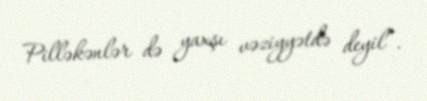
Pilləkənlər də yaxşı vəziyyətdə deyil”.